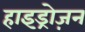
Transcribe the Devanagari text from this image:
हाइड्रोज़न